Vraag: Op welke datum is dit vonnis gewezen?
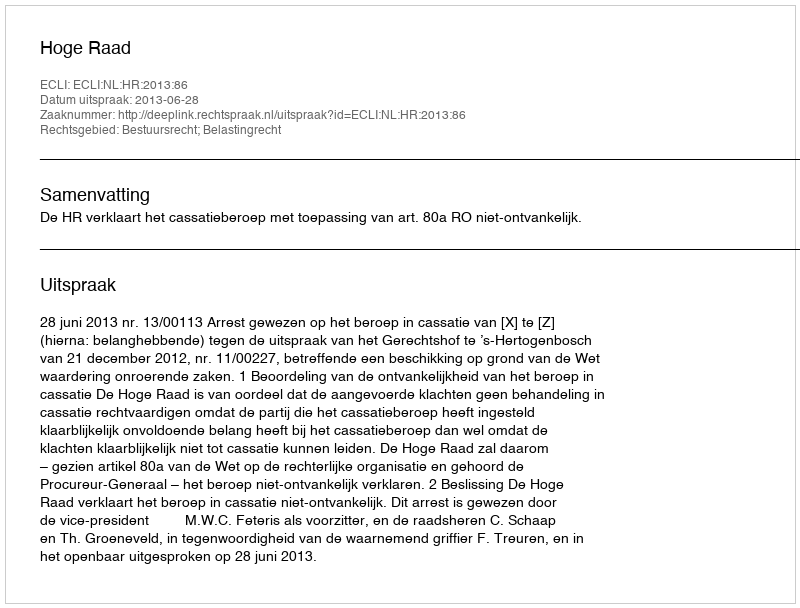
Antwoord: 2013-06-28